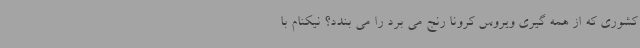
کشوری که از همه گیری ویروس کرونا رنج می برد را می بندد؟ نیکنام با